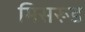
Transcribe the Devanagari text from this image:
मिसरूड